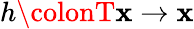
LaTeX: h\colonT\mathbf{x}\to\mathbf{x}